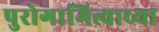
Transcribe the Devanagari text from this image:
पुरोगामित्वाच्या